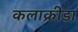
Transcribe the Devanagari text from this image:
कलाक्रीडा